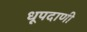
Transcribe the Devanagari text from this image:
धूपदाणी